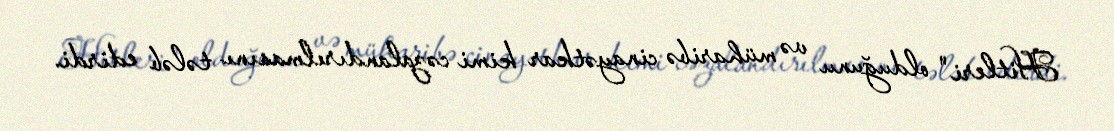
Hitleri" olduğunu və müharibə cinayətkar kimi cəzalandırılmasını tələb edirdi.